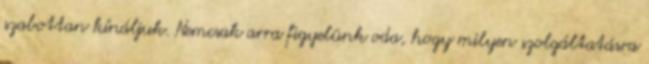
szabottan kínáljuk. Nemcsak arra figyelünk oda, hogy milyen szolgáltatásra